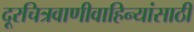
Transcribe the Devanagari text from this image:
दूरचित्रवाणीवाहिन्यांसाठी